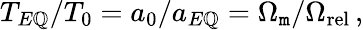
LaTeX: T_{E\mathbb{Q}}/T_{0}=a_{0}/a_{E\mathbb{Q}}=\Omega_{\mathtt{m}}/\Omega_{\mathrm{{rel}}}\, ,